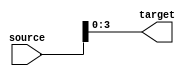
module part_select_assignment (
    input wire [15:0] source,       // 16-bit source signal
    output wire [3:0] target        // 4-bit target signal
);
    // Continuous assignment from source to target using part select
    assign target = source[3:0];    // Selecting bits 0 through 3 from source

endmodule